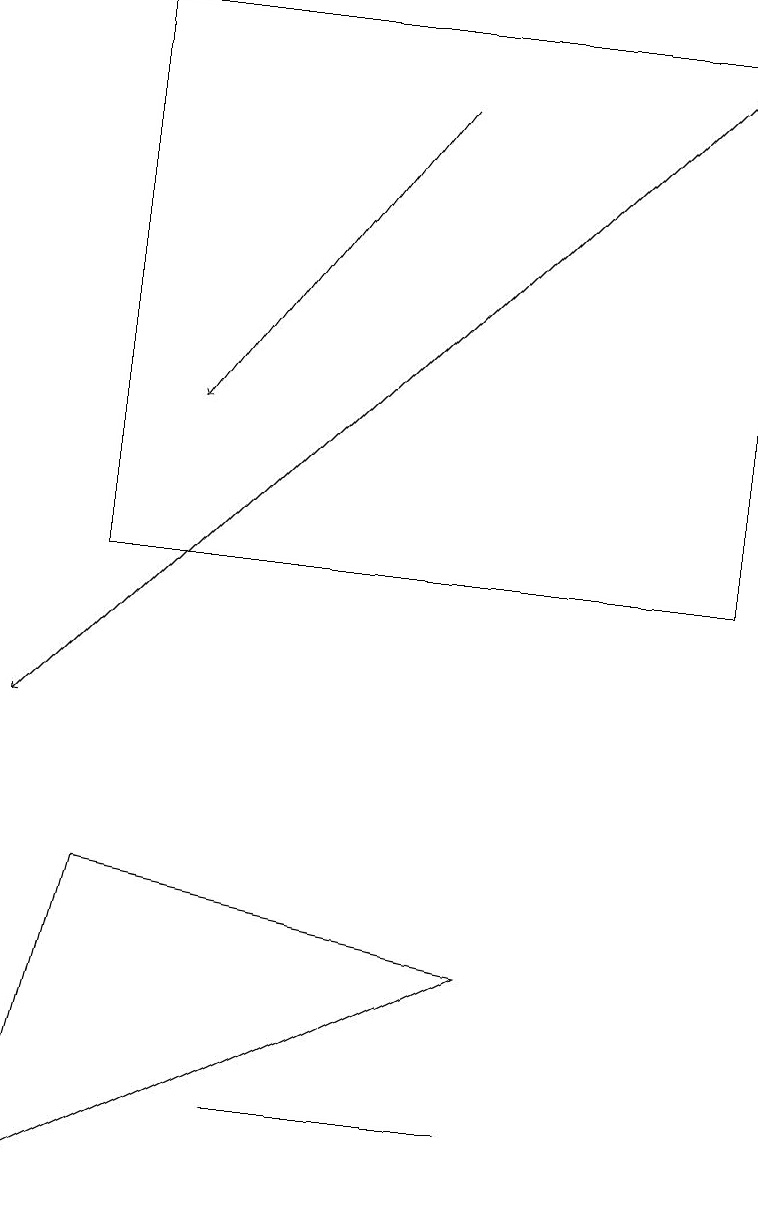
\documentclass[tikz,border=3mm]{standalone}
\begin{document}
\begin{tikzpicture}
\draw[->] (5,18) -- (2,14);
\draw[->] (9,19) -- (0,10);
\draw (1,8) -- (0,4) -- (6,7) -- cycle;
\draw (3,5) -- (6,5) -- (6,5) -- cycle;
\draw (9,19) rectangle (1,12);
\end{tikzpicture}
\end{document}